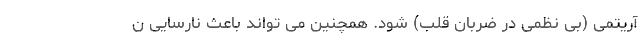
آریتمی (بی نظمی در ضربان قلب) شود. همچنین می تواند باعث نارسایی ن